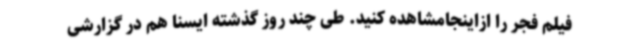
فیلم فجر را ازاینجامشاهده کنید. طی چند روز گذشته ایسنا هم در گزارشی